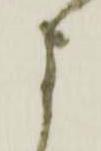
よ